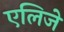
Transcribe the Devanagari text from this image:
एलिजे